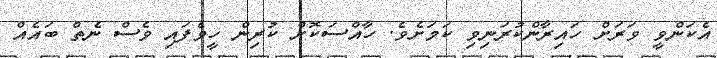
އެކަންވީ ވަރަށް ހައިރާންކުރަނިވި ކަމަށެވެ. ހާއްސަކޮށް ކުރިން ހީވެފައި ވެސް ނެތް ބައެއް